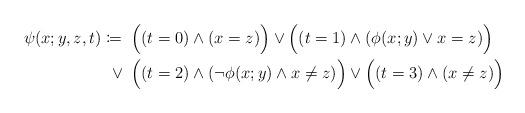
LaTeX: \begin{align*} \psi(x;y,z,t)\coloneqq\phantom{.}& \Bigl((t=0)\land (x=z)\Bigr) \lor\Bigl((t=1)\land (\phi(x; y)\lor x=z)\Bigr)\\ \phantom{.}\lor\phantom{.}& \Bigl((t=2)\land (\neg \phi(x;y)\land x\ne z)\Bigr) \lor \Bigl((t=3)\land (x\ne z)\Bigl) \end{align*}